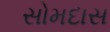
સોમદાસ